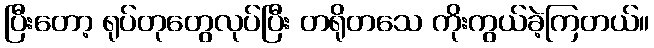
ပြီးတော့ ရုပ်တုတွေလုပ်ပြီး တရိုတသေ ကိုးကွယ်ခဲ့ကြတယ်။